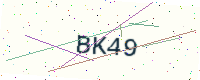
Text: BK49